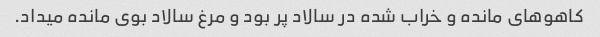
کاهو‌های مانده و خراب شده در سالاد پر بود و مرغ سالاد بوی مانده میداد.